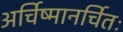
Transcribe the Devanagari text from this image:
अर्चिष्मानर्चितः